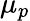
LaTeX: \mu_{p}